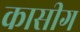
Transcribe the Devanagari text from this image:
कासीग